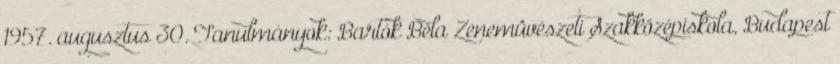
1957. augusztus 30. Tanulmányok: Bartók Béla Zenemûvészeti Szakközépiskola, Budapest